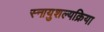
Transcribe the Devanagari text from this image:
स्नायुशल्यक्रिया